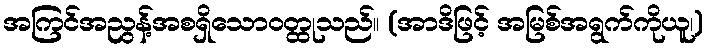
အကြင်အညွန့်အစရှိသောဝတ္ထုသည်။ (အာဒိဖြင့် အမြစ်အရွက်ကိုယူ၊)